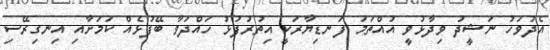
އެދުވަހު ނަޝީދު ވިދާޅުވީ އުއްތަމަ ފަނޑިޔާރަކީ އިތުރުފުޅު ހައްދަވާ ބޭފުޅެއް ކަމަށާއި އިނގިރޭސި